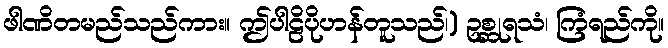
ဖါဏိတမည်သည်ကား။ ဤပါဠိပိုဟန်တူသည်၊) ဥစ္ဆုရသံ၊ ကြံရည်ကို။